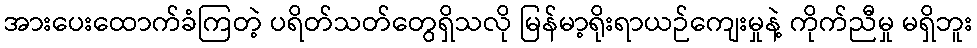
အားပေးထောက်ခံကြတဲ့ ပရိတ်သတ်တွေရှိသလို မြန်မာ့ရိုးရာယဉ်ကျေးမှုနဲ့ ကိုက်ညီမှု မရှိဘူး